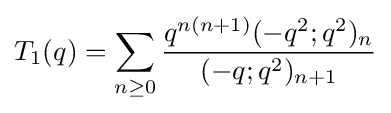
T_{1}(q)=\sum _{n\geq 0}{\frac {q^{n(n+1)}(-q^{2};q^{2})_{n}}{(-q;q^{2})_{n+1}}}